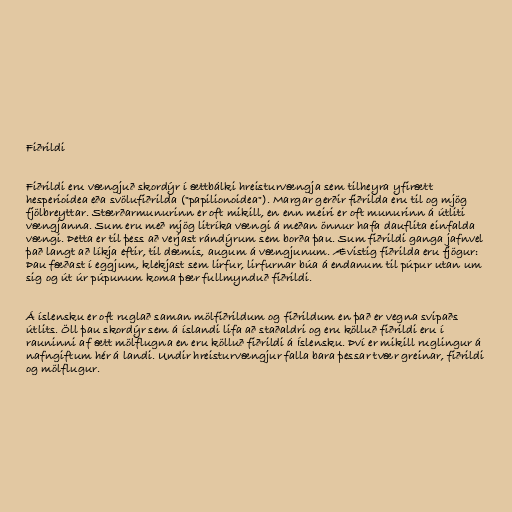
Fiðrildi

Fiðrildi eru vængjuð skordýr í ættbálki hreisturvængja sem tilheyra yfirætt
hesperioidea eða svölufiðrilda ("papilionoidea"). Margar gerðir fiðrilda eru til og mjög
fjölbreyttar. Stærðarmunurinn er oft mikill, en enn meiri er oft munurinn á útliti
vængjanna. Sum eru með mjög litríka vængi á meðan önnur hafa dauflita einfalda
vængi. Þetta er til þess að verjast rándýrum sem borða þau. Sum fiðrildi ganga jafnvel
það langt að líkja eftir, til dæmis, augum á vængjunum. Ævistig fiðrilda eru fjögur:
Þau fæðast í eggjum, klekjast sem lirfur, lirfurnar búa á endanum til púpur utan um
sig og út úr púpunum koma þær fullmynduð fiðrildi.

Á íslensku er oft ruglað saman mölfiðrildum og fiðrildum en það er vegna svipaðs
útlits. Öll þau skordýr sem á íslandi lifa að staðaldri og eru kölluð fiðrildi eru í
rauninni af ætt mölflugna en eru kölluð fiðrildi á Íslensku. Því er mikill ruglingur á
nafngiftum hér á landi. Undir hreisturvængjur falla bara þessar tvær greinar, fiðrildi
og mölflugur.